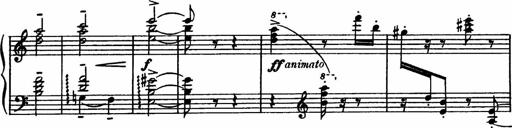
Title: Sonatilla
Composer: Mortimer Wilson
Key: C major